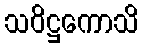
သဝိဋ္ဌကောသိ